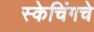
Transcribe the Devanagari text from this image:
स्केचिंगचे